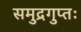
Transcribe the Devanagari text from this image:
समुद्रगुप्तः